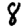
Digit: 8